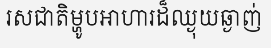
រសជាតិម្ហូបអាហារដ៏ឈ្ងុយឆ្ងាញ់